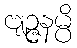
ဗျဉ္ဇနမ္ပိ